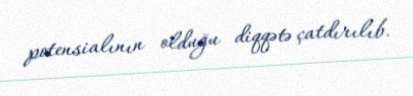
potensialının olduğu diqqətə çatdırılıb.